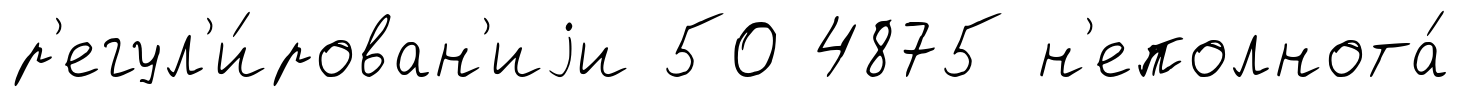
р'егул'и́рован'иjи 50 4875 н'еполнота́